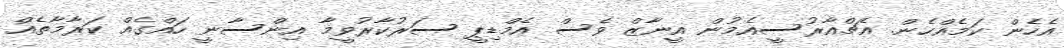
އެހެން ކަމެއްހެން. އެޗްއާރުސީއެމުން އީނާޒް ވެސް އެމްޑިޕީ ސަރުކާރުވީމާ އިންސާނީ ހައްގެއް ކަރާމާތެއް